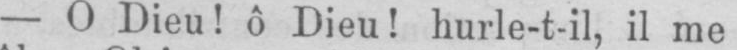
- O Dieu! ô Dieu! hurle-t-il, il me